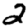
Digit: 2